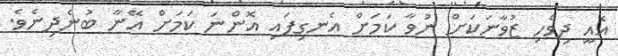
އެއީ ދިވެހި ޒުވާނަކަށް ނުވާ ކަމަށް އެނގިފައި އޮންނަ ކަމަށް އޭނާ ބުނެދިނެވެ.